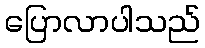
ပြောလာပါသည်